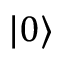
| 0 \rangle